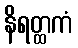
နိရတ္ထကံ